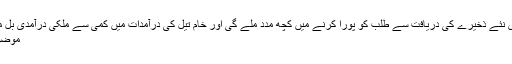
ماہرین کے مطابق تیل کے اس نئے ذخیرے کی دریافت سے طلب کو پورا کرنے میں کچھ مدد ملے گی اور خام تیل کی درآمدات میں کمی سے ملکی درآمدی بل میں بھی کچھ کمی ضرور آئے
موضوعات:تیل کا نیا ذخیرہ دریافت